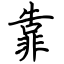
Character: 靠